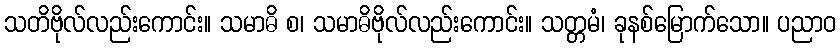
သတိဗိုလ်လည်းကောင်း။ သမာဓိ စ၊ သမာဓိဗိုလ်လည်းကောင်း။ သတ္တမံ၊ ခုနစ်မြောက်သော။ ပညာဝ